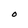
Character: O